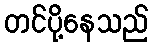
တင်ပို့နေသည်